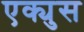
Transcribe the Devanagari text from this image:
एक्युस